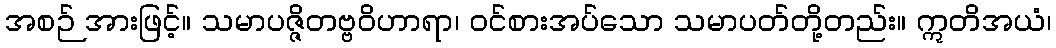
အစဉ် အားဖြင့်။ သမာပဇ္ဇိတဗ္ဗဝိဟာရာ၊ ဝင်စားအပ်သော သမာပတ်တို့တည်း။ ဣတိအယံ၊